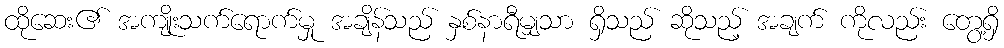
ထိုဆေး၏ အကျိုးသက်ရောက်မှု အချိန်သည် နှစ်နာရီမျှသာ ရှိသည် ဆိုသည့် အချက် ကိုလည်း တွေ့ရှိ